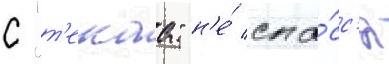
с "т'екаа" н'е́ спа́сс'я